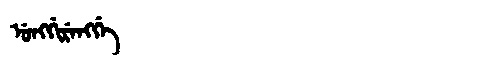
Manchu: ᡠᠩᡤᡳᡵᡝᠩᡤᡝ
Romanization: UNGGIRENGGE